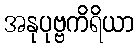
အနုပုဗ္ဗကိရိယာ